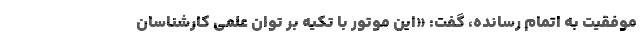
موفقیت به اتمام رسانده، گفت: «اين موتور با تکیه بر توان علمی کارشناسان